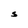
Character: S